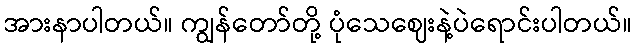
အားနာပါတယ်။ ကျွန်တော်တို့ ပုံသေဈေးနဲ့ပဲရောင်းပါတယ်။